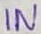
Text: 1N